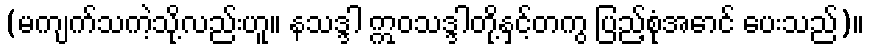
(မကျက်သကဲ့သို့လည်းဟူ။ နသဒ္ဒါ ဣဝသဒ္ဒါတို့နှင့်တကွ ပြည့်စုံအောင် ပေးသည်)။